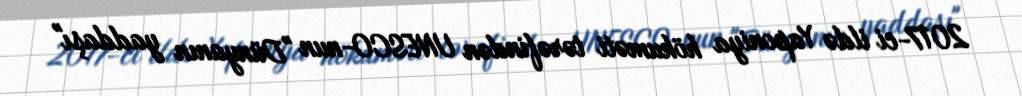
2017-ci ildə Yaponiya hökuməti tərəfindən UNESCO-nun "Dünyanın yaddaşı"